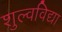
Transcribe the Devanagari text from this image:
शुल्वविद्या